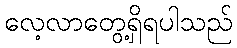
လေ့လာတွေ့ရှိရပါသည်